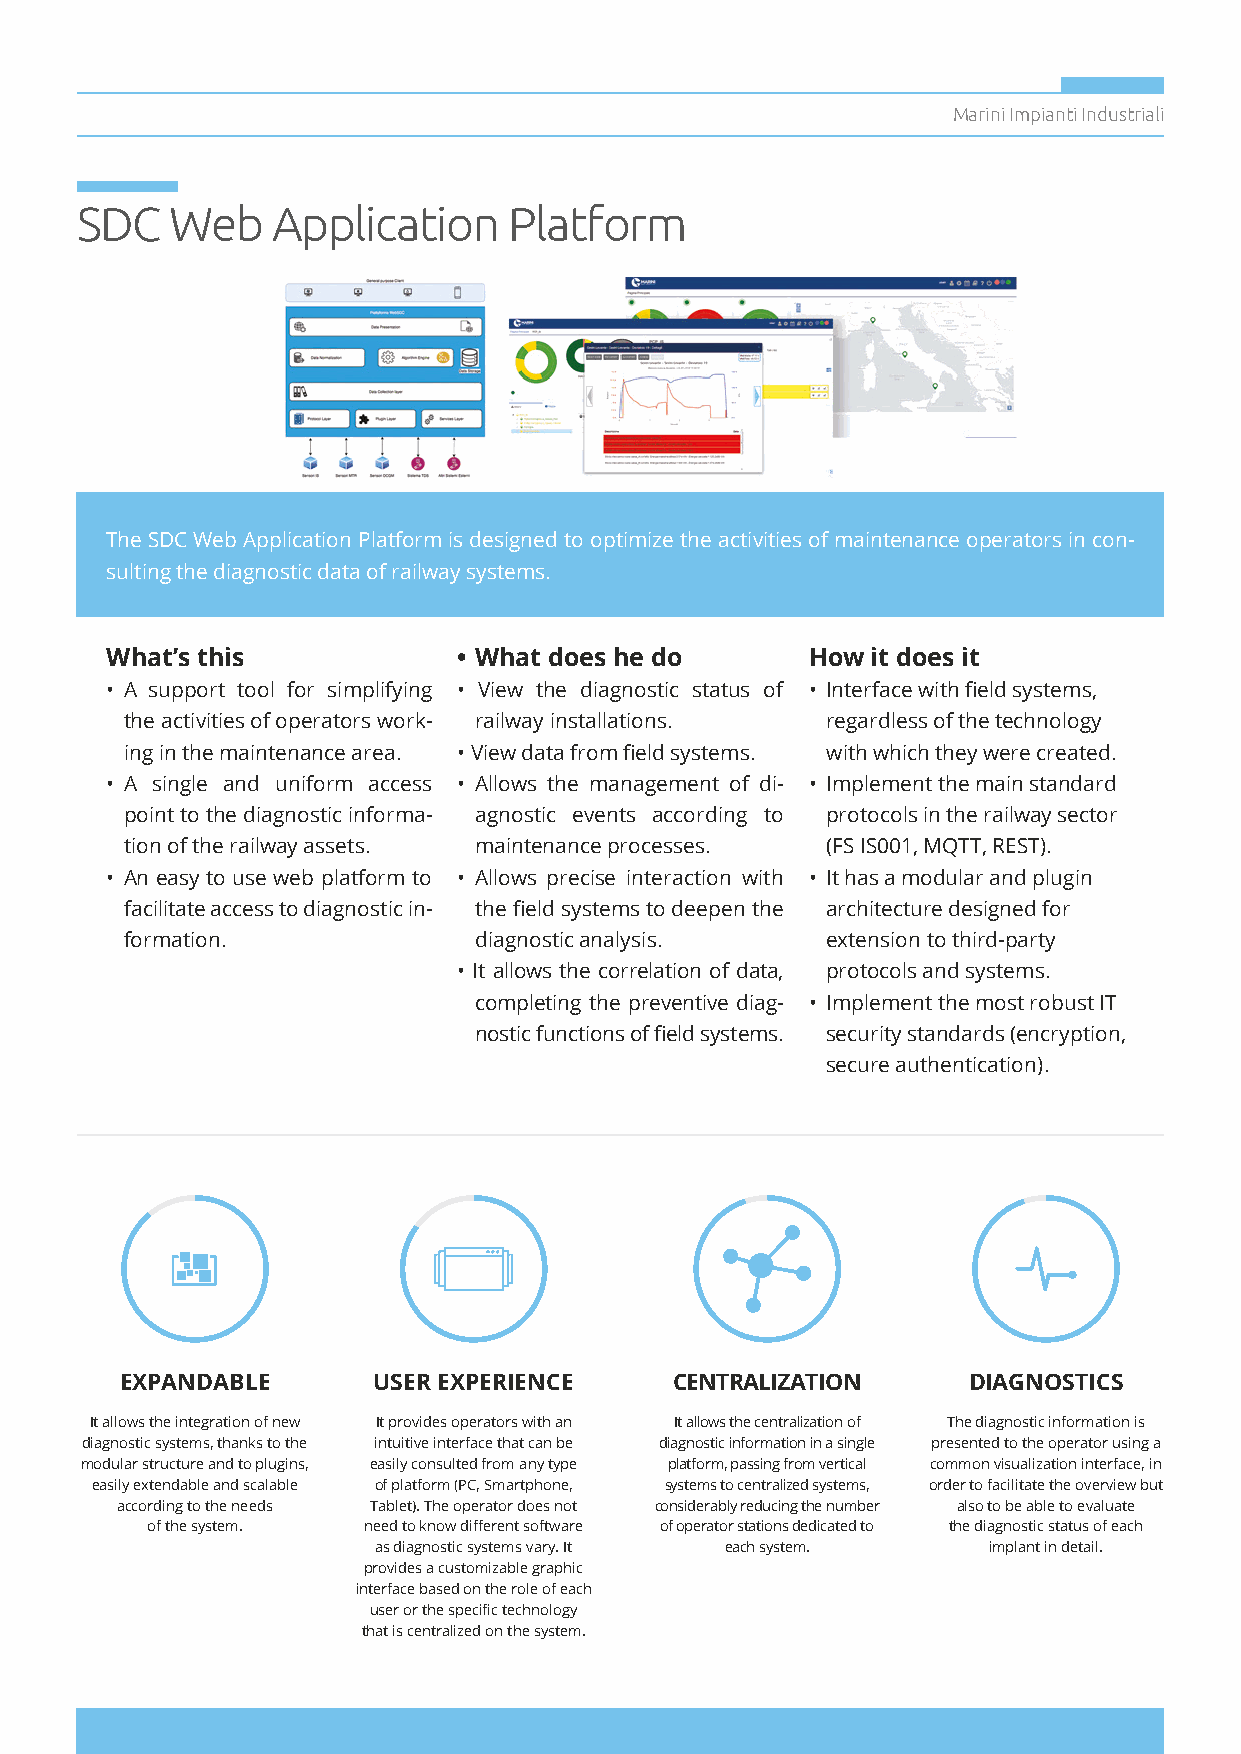
Marini Impianti Industriali
 SDC   Web    Application     Platform
 The SDC Web Application Platform is designed to optimize the activities of maintenance operators in con-
 sulting the diagnostic data of railway systems.
 What’s this            • What does he do      How  it does it
 • A support tool for simplifying • View the diagnostic status of • Interface with field systems,
 the activities of operators work- railway installations. regardless of the technology
 ing in the maintenance area. • View data from field systems. with which they were created.
 • A single and uniform access • Allows the management of di- • Implement the main standard
 point to the diagnostic informa- agnostic events according to protocols in the railway sector
 tion of the railway assets. maintenance processes. (FS IS001, MQTT, REST).
 • An easy to use web platform to • Allows precise interaction with • It has a modular and plugin
 facilitate access to diagnostic in- the field systems to deepen the architecture designed for
 formation.             diagnostic analysis.    extension to third-party
 • It allows the correlation of data, protocols and systems.
 completing the preventive diag- • Implement the most robust IT
 nostic functions of field systems. security standards (encryption,
 secure authentication).
 EXPANDABLE       USER EXPERIENCE     CENTRALIZATION     DIAGNOSTICS
 It allows the integration of new It provides operators with an It allows the centralization of The diagnostic information is
 diagnostic systems, thanks to the intuitive interface that can be diagnostic information in a single presented to the operator using a
 modular structure and to plugins, easily consulted from any type platform, passing from vertical common visualization interface, in
 easily extendable and scalable of platform (PC, Smartphone, systems to centralized systems, order to facilitate the overview but
 according to the needs Tablet). The operator does not considerably reducing the number also to be able to evaluate
 of the system. need to know different software of operator stations dedicated to the diagnostic status of each
 as diagnostic systems vary. It each system. implant in detail.
 provides a customizable graphic
 interface based on the role of each
 user or the specific technology
 that is centralized on the system.